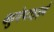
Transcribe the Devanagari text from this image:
बहुपेप्टाइड्ने